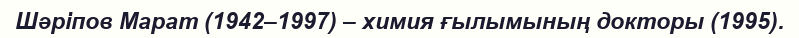
Шәріпов Марат (1942–1997) – химия ғылымының докторы (1995).